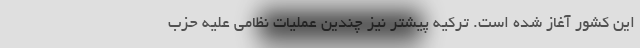
این کشور آغاز شده است. ترکیه پیشتر نیز چندین عملیات نظامی علیه حزب